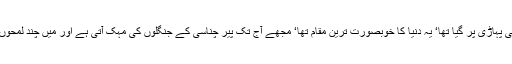
میں چار پانچ سال پہلے پیر چناسی کی پہاڑی پر گیا تھا‘ یہ دنیا کا خوبصورت ترین مقام تھا‘ مجھے آج تک پیر چناسی کے جنگلوں کی مہک آتی ہے اور میں چند لمحوں کیلئے اس مہک میں گم ہو جاتا ہوں۔